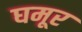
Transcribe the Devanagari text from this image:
घमूर